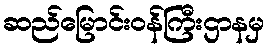
ဆည်မြောင်းဝန်ကြီးဌာနမှ